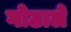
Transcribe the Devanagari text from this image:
गोठाले